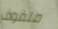
ملفوف